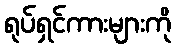
ရုပ်ရှင်ကားများကို